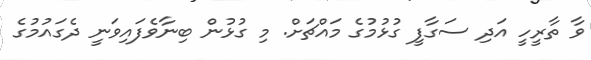
ވާ ތާރީހީ އަދި ސަގާފީ ގުޅުމުގެ މައްޗަށް. މި ގުޅުން ބިނާވެފައިވަނީ ދެގައުމުގެ